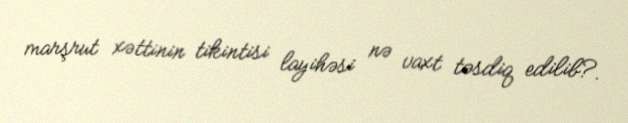
marşrut xəttinin tikintisi layihəsi nə vaxt təsdiq edilib?.